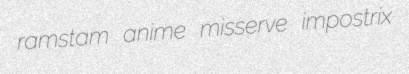
ramstam anime misserve impostrix